Report on vaccination in Madras 1922-1929 - 1922-1929
Year: 1922
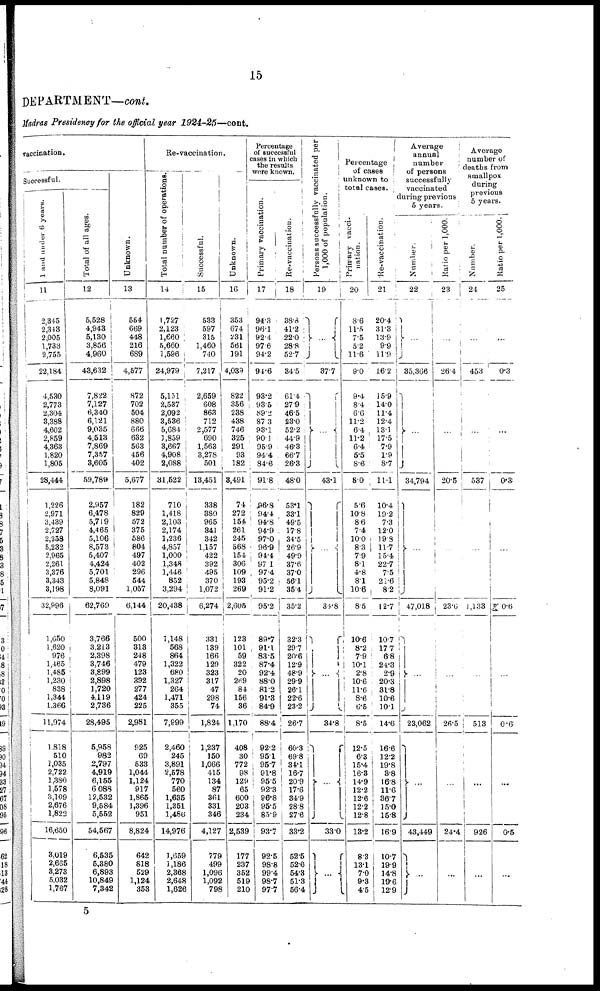
15
DEPARTMENT—cont.
Madras Presidency for the official year
1924-25—cont.
vaccination.
Successful.
1 and under 6 years.
11
2,345
2,343
2,005
1,733
2,755
22,184
4,530
2,773
2,304
3,388
4,602
2,859
4,363
1,820
1,805
28,444
1,226
2,971
3,439
2,727
2,258
5,232
2,965
2,261
3,376
3,343
3,198
32,996
1,650
1,620
976
1,465
1,485
1,230
838
1,344
1,366
11,974
1,818
510
1,035
2,722
1,380
1,578
3,109
2,676
1,822
16,650
3,019
2,665
3,273
5,082
1,767
Total of all ages.
12
5,528
4,943
5,130
3,856
4,960
48,632
7,822
7,127
6,340
6,121
9,035
4,513
7,869
7,357
3,605
59,789
2,957
6,478
5,719
4,465
5,106
8,573
5,407
4,424
5,701
5,848
8,091
62,769
3,766
3.213
2,398
3,746
3,899
i
2,898
1,720
4,119
2,786
28,495
5,958
982
2,797
4,919
6,155
6 088
12,532
9,584
5,552
54,567
6,535
5,380
6,893
10,849
7,342
Unknown.
13
564
669
448
216
689
4,577
872
702
504
880
666
632
563
456
402
5,677
182
829
572
375
586
804
497
402
296
544
1,057
6,144
500
313
248
479
123
392
277
424
225
2,981
925
69
533
1,044
1,124
917
1,865
1,396
951
8,824
642
818
529
1,124
353
Re-vaccination.
Total number of operations.
14
1,727
2,123
1,660
5,660
1,596
24,979
5,151
2,537
2,092
3,536
5,684
1,859
3,667
4,908
2,088
31,522
710
1,418
2,103
2,174
1,236
4,857
1,000
1,348
1,446
852
3,294
20,438
1,148
568
864
1,322
680
1,327
264
1,471
355
7,999
2,460
245
3,891
2,578
770
560
1,635
1,351
1,486
14,976
1,659
1,186
2,868
2,648
1,626
Successful.
15
533
597
315
1,460
740
7,217
2,659
608
863
712
2,577
690
1,563
3,278
501
13,451
338
380
965
341
342
1,157
422
392
495
370
1,072
6,274
331
139
166
129
323
317
47
298
74
1,824
1,237
150
1,066
415
134
87
361
331
346
4,127
779
499
1,096
1,092
798
Unknown.
16
353
674
231
561
391
4,039
822
356
288
438
746
325
291
93
182
8,491
74
272
154
261
245
568
154
306
109
193
269
2,605
123
101
59
322
20
269
84
156
86
1,170
408
30
772
98
129
65
600
203
234
2,539
177
237
352
519
210
Percentage
of successful
cases in which
the results
were known.
Primary vaccination.
17
94.3
96.1
92.4
97.6
94.2
94.6
93.2
93.5
89.2
87.3
93.1
90.1
95.9
94.4
84.6
91.8
96.8
94.4
94.8
94.9
97.0
96.9
94.4
97.1
97.4
95.2
91.2
95.2
89.7
9l.l
83.5
87.4
92.4
88.0
81.2
91.3
84.9
88.4
92.2
95.1
95.7
91.8
95.5
92.3
96.8
95.5
85.9
93.7
92.5
98.8
99.4
98.7
97.7
Re-vaccination.
18
38.8
41.2
22.0
28.8
52.7
34.5
61.4
27.9
46.5
23.0
52.2
44.9
46.3
66.7
26.3
48.0
53.1
33.1
49.5
17.8
34.5
26.9
49.9
37.6
37.0
56.1
35.4
35.2
32.3
29.7
20.6
12.9
48.9
29.9
26.1
22.6
23.2
26.7
60.3
69.8
34.1
16.7
20.9
17.6
34.9
28.8
27.6
33.2
52.5
52.6
54.3
51.3
56.4
Persons successfully vaccinated per
1,000 of population.
19
…
37.7
…
43.1
…
34.8
…
34.8
...
33.0
…
Percentage
of cases
unknown to
total cases.
Primary vacci-
nation.
20
8.6
11.5
7.5
5.2
11.6
9.0
9.4
8.4
6.6
11.2
6.4
11.2
6.4
5.5
8.6
8.0
5.6
10.8
8.6
7.4
10.0
8.3
7.9
8.1
4.8
8.1
10.6
8.5
10.6
8.2
7.9
10.1
2.8
10.6
11.6
8.6
6.5
8.5
12.5
6.3
15.4
16.8
14.9
12.2
12.6
12.2
12.8
18.2
8.3
13.1
7.0
9.8
4.5
Re-vaccination.
21
20.4
31.3
13.9
9.9
11.9
16.2
15.9
14.0
11.4
12.4
13.1
17.5
7.9
1.9
8.7
11.1
10.4
19.2
7.3
12.0
19.8
11.7
15.4
22.7
7.5
21.6
8.2
12.7
10.7
17.7
6.8
24.3
2.9
20.3
31.8
10.6
10.1
14.6
16.6
12.2
19.8
8.8
16.8
11.6
36.7
15.0
15.8
16.9
10.7
19.9
14.8
19.6
12.9
Average
annual
number
of persons
successfully
vaccinated
during previous
5 years.
Number.
22
…
35,366
…
34,794
...
47,018
…
23,062
…
43,449
…
Ratio per 1,000.
23
…
264
...
20.5
...
23.6
…
26.5
…
24.4
...
Average
number of
deaths from
smallpox
during
previous
5 years.
Number.
24
…
453
...
537
...
1,133
...
513
…
926
...
Ratio per 1,000
25
...
0.3
...
0.3
…
0.6
…
0.6
...
0.5
...
5